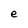
Character: e